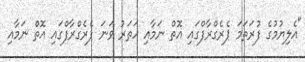
"އެލިޔުމުގެ ފުރަތަމަ ޕެރެގްރާފްގައި އޮތް ނަމާއި ހަތަރު ވަނަ ޕެރެގްރާފްގައި އޮތް ނަމާއި